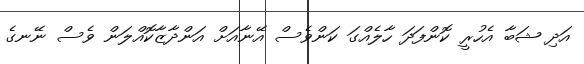
އަދި ޝަބާ އެހުރީ ކޮންފަދަ ހާލެއްގަ ކަންވެސް އޭނާއަށް އަންދާޒާކޮއްލަން ވެސް ނޭނގެ